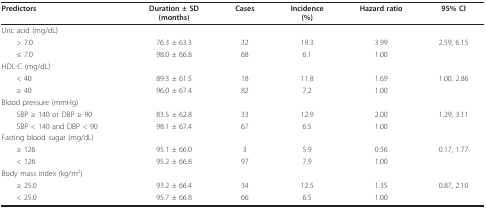
| Predictors | Duration ± SD(months) | Cases | Incidence(%) | Hazard ratio | 95% CI |
 | --- | --- | --- | --- | --- | --- |
 | Uric acid (mg/dL) |  |  |  |  |  |
 | > 7.0 | 76.3 ± 63.3 | 32 | 19.3 | 3.99 | 2.59, 6.15 |
 | ≤ 7.0 | 98.0 ± 66.8 | 68 | 6.1 | 1.00 |  |
 | HDL-C (mg/dL) |  |  |  |  |  |
 | < 40 | 89.3 ± 61.5 | 18 | 11.8 | 1.69 | 1.00, 2.86 |
 | ≥ 40 | 96.0 ± 67.4 | 82 | 7.2 | 1.00 |  |
 | Blood pressure (mmHg) |  |  |  |  |  |
 | SBP ≥ 140 or DBP ≥ 90 | 83.5 ± 62.8 | 33 | 12.9 | 2.00 | 1.29, 3.11 |
 | SBP < 140 and DBP < 90 | 98.1 ± 67.4 | 67 | 6.5 | 1.00 |  |
 | Fasting blood sugar (mg/dL) |  |  |  |  |  |
 | ≥ 126 | 95.1 ± 66.0 | 3 | 5.9 | 0.56 | 0.17, 1.77 |
 | < 126 | 95.2 ± 66.8 | 97 | 7.9 | 1.00 |  |
 | Body mass index (kg/m2) |  |  |  |  |  |
 | ≥ 25.0 | 93.2 ± 66.4 | 34 | 12.5 | 1.35 | 0.87, 2.10 |
 | < 25.0 | 95.7 ± 66.8 | 66 | 6.5 | 1.00 |  |